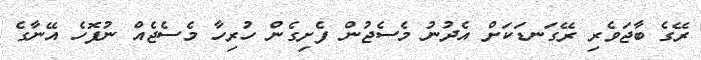
ރޭގެ ބާޖަވެރި ރޭގަނޑަކަށް އެދުނު މެސެޖުން ފެށިގެން ހުރިހާ މެސެޖެއް ނުފޮހެ އޭނާގެ